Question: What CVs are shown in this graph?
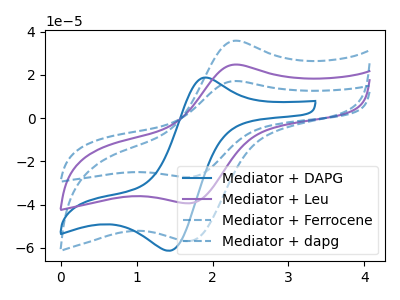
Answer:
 <answer>The blue curve is labeled "Mediator + DAPG". The purple curve is labeled "Mediator + Leu". The blue dashed curve is labeled "Mediator + Ferrocene". The blue dashed curve is labeled "Mediator + dapg".</answer>
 <eval></eval>